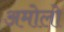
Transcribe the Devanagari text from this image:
अमोलो